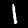
Label: 1